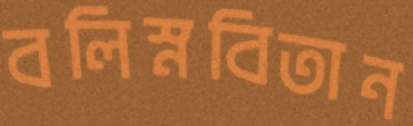
বলিস্নবিতান